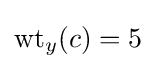
\mathrm {wt} _{y}(c)=5